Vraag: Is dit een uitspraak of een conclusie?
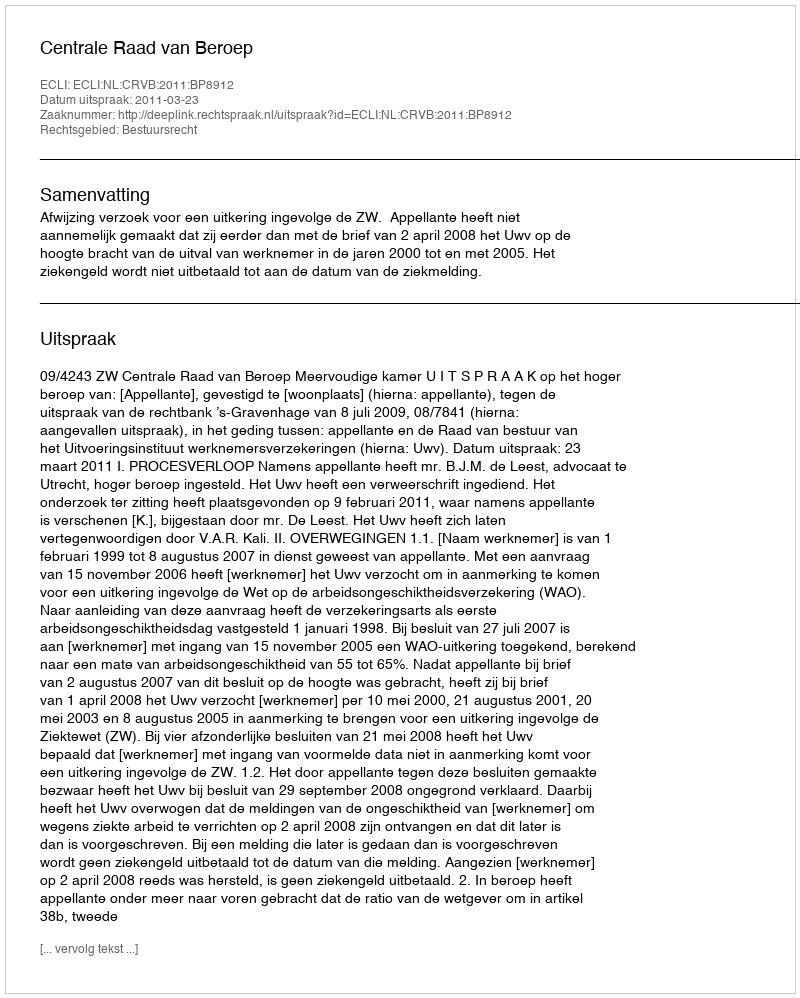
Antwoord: Uitspraak